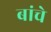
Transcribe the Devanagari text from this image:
बांचे